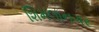
શિમલાનગર